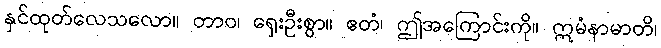
နှင်ထုတ်လေသလော။ တာဝ၊ ရှေးဦးစွာ။ ဧတံ၊ ဤအကြောင်းကို။ ဣမံနာမာတိ၊